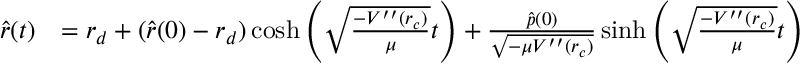
\begin{array} { r l } { { \hat { r } } ( t ) } & { = r _ { d } + ( { \hat { r } } ( 0 ) - r _ { d } ) \cosh \left( \sqrt { \frac { - V ^ { \prime \prime } ( r _ { c } ) } { \mu } } t \right) + \frac { { \hat { p } } ( 0 ) } { \sqrt { - \mu V ^ { \prime \prime } ( r _ { c } ) } } \sinh \left( \sqrt { \frac { - V ^ { \prime \prime } ( r _ { c } ) } { \mu } } t \right) } \end{array}